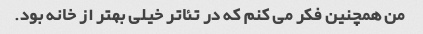
من همچنین فکر می کنم که در تئاتر خیلی بهتر از خانه بود.